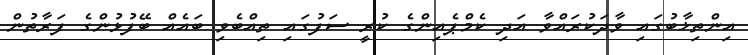
އިންތިޚާބުގައި ވާދަކުރައްވާ އަދި ކެމްޕެއިންގެ ކުރީ ސަފުގައި ތިއްބެވި ބައެއް ބޭފުޅުންގެ ފަރާތުން